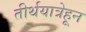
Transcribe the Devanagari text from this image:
तीर्थयात्रेहून